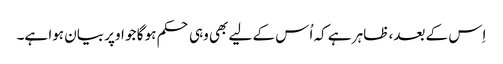
اِس کے بعد، ظاہر ہے کہ اُس کے لیے بھی وہی حکم ہو گا جو اوپر بیان ہوا ہے۔